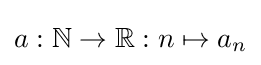
a:\mathbb {N} \to \mathbb {R} :n\mapsto a_{n}